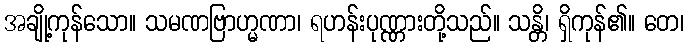
အချို့ကုန်သော။ သမဏဗြာဟ္မဏာ၊ ရဟန်းပုဏ္ဏားတို့သည်။ သန္တိ၊ ရှိကုန်၏။ တေ၊